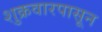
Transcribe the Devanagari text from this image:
शुक्रवारपासून